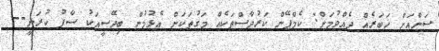
ސަންއަށް ޚަބަރެއް ދެއްވުމަށް: ކެމްޕޭން ކަރުދާސްތަކެއް މަގުތަކަށް އެޅުމުން ބިދޭސީއަކު ސާފު ކުރަނީ--